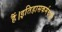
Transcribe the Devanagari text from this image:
हैं।इतिहासकर्मचारी